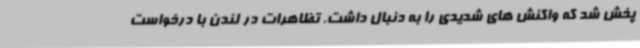
پخش شد که واکنش های شدیدی را به دنبال داشت. تظاهرات در لندن با درخواست